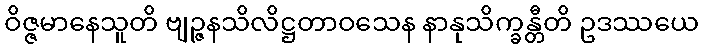
ဝိဇ္ဇမာနေသူတိ ဗျဉ္ဇနသိလိဋ္ဌတာဝသေန နာနုသိက္ခန္တီတိ ဥဒဿယေ